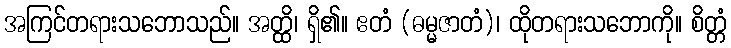
အကြင်တရားသဘောသည်။ အတ္ထိ၊ ရှိ၏။ ဧတံ (ဓမ္မဇာတံ)၊ ထိုတရားသဘောကို။ စိတ္တံ